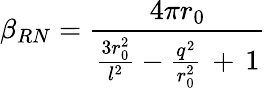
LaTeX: \beta_{RN}=\frac{4\pi r_{0}}{\frac{3r_{0}^{2}}{l^{2}}-\frac{q^{2}}{r_{0}^{2}}\, +\, 1}